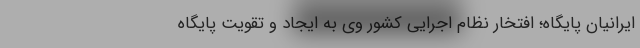
ایرانیان پایگاه؛ افتخار نظام اجرایی کشور وی به ایجاد و تقویت پایگاه